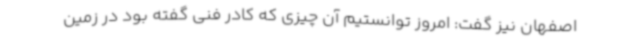
اصفهان نیز گفت: امروز توانستیم آن چیزی که کادر فنی گفته بود در زمین